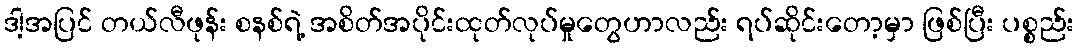
ဒါ့အပြင် တယ်လီဖုန်း စနစ်ရဲ့ အစိတ်အပိုင်းထုတ်လုပ်မှုတွေဟာလည်း ရပ်ဆိုင်းတော့မှာ ဖြစ်ပြီး ပစ္စည်း